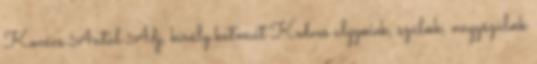
Kovács Antal Adj, király katonát Kedves algyœiek, szülœk, nagyszülœk